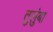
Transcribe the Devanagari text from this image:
तुलुंबा